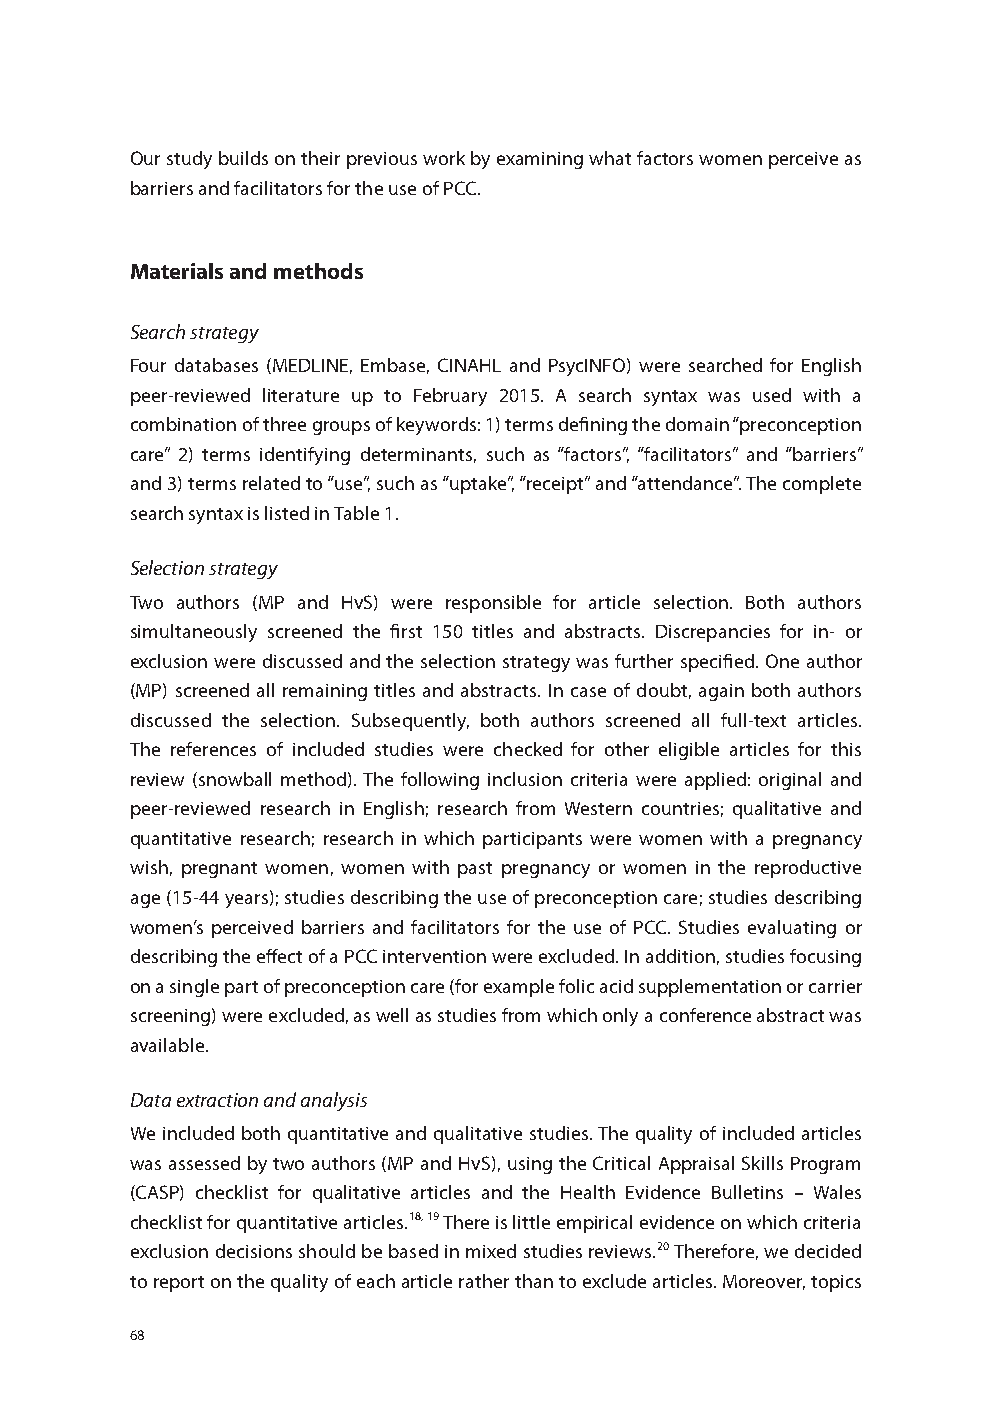
Our study builds on their previous work by examining what factors women perceive as
 barriers and facilitators for the use of PCC.
 Materials and methods
 Search strategy
 Four databases (MEDLINE, Embase, CINAHL and PsycINFO) were searched for English
 peer-reviewed literature up to February 2015. A search syntax was used with a
 combination of three groups of keywords: 1) terms defining the domain “preconception
 care” 2) terms identifying determinants, such as “factors”, “facilitators” and “barriers”
 and 3) terms related to “use”, such as “uptake”, “receipt” and “attendance”. The complete
 search syntax is listed in Table 1.
 Selection strategy
 Two authors (MP and HvS) were responsible for article selection. Both authors
 simultaneously screened the first 150 titles and abstracts. Discrepancies for in- or
 exclusion were discussed and the selection strategy was further specified. One author
 (MP) screened all remaining titles and abstracts. In case of doubt, again both authors
 discussed the selection. Subsequently, both authors screened all full-text articles.
 The references of included studies were checked for other eligible articles for this
 review (snowball method). The following inclusion criteria were applied: original and
 peer-reviewed research in English; research from Western countries; qualitative and
 quantitative research; research in which participants were women with a pregnancy
 wish, pregnant women, women with past pregnancy or women in the reproductive
 age (15-44 years); studies describing the use of preconception care; studies describing
 women’s perceived barriers and facilitators for the use of PCC. Studies evaluating or
 describing the effect of a PCC intervention were excluded. In addition, studies focusing
 on a single part of preconception care (for example folic acid supplementation or carrier
 screening) were excluded, as well as studies from which only a conference abstract was
 available.
 Data extraction and analysis
 We included both quantitative and qualitative studies. The quality of included articles
 was assessed by two authors (MP and HvS), using the Critical Appraisal Skills Program
 (CASP) checklist for qualitative articles and the Health Evidence Bulletins – Wales
 checklist for quantitative articles.18, 19 There is little empirical evidence on which criteria
 exclusion decisions should be based in mixed studies reviews.20 Therefore, we decided
 to report on the quality of each article rather than to exclude articles. Moreover, topics
 68